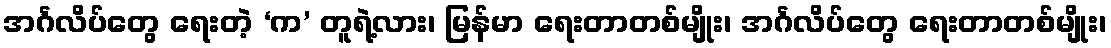
အင်္ဂလိပ်တွေ ရေးတဲ့ ‘က’ တူရဲ့လား၊ မြန်မာ ရေးတာတစ်မျိုး၊ အင်္ဂလိပ်တွေ ရေးတာတစ်မျိုး၊